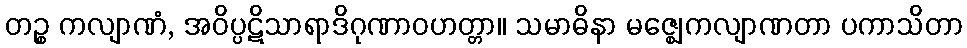
တဉ္စ ကလျာဏံ, အဝိပ္ပဋိသာရာဒိဂုဏာဝဟတ္တာ။ သမာဓိနာ မဇ္ဈေကလျာဏတာ ပကာသိတာ